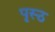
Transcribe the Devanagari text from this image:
पृस्ठ